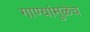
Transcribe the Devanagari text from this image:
गाण्यांमुळेच